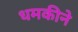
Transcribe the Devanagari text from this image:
धमकीने